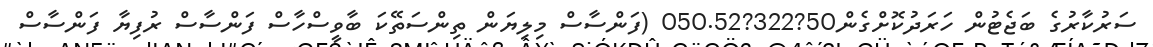
ސަރުކާރުގެ ބަޖެޓުން ހަރަދުކޮށްގެން50?322?050.52 (ފަންސާސް މިލިޔަން ތިންސަތޭކަ ބާވީސްހާސް ފަންސާސް ރުފިޔާ ފަންސާސް